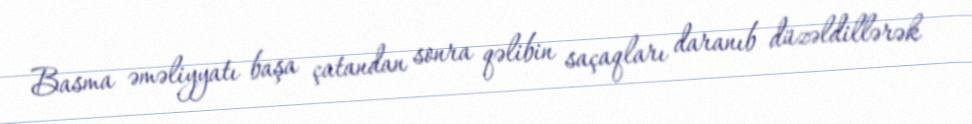
Basma əməliyyatı başa çatandan sonra qəlibin saçaqları daranıb düzəldillərək